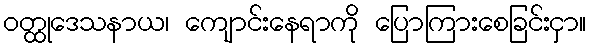
ဝတ္ထုဒေသနာယ၊ ကျောင်းနေရာကို ပြောကြားစေခြင်းငှာ။